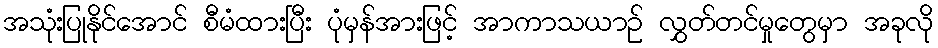
အသုံးပြုနိုင်အောင် စီမံထားပြီး ပုံမှန်အားဖြင့် အာကာသယာဉ် လွှတ်တင်မှုတွေမှာ အခုလို